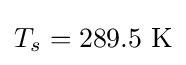
T_{s}=289.5~\mathrm {K}